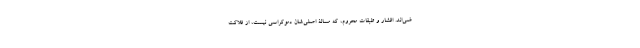
ضی‌اند. اقشار و طبقات محروم، که مسالۀ اصلی‌شان دموکراسی نیست، از فلاکت